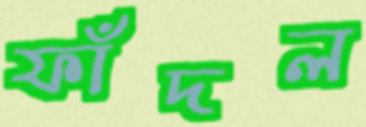
ফাঁদল